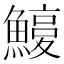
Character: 𩺽